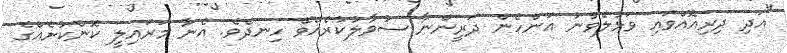
"އަދި ދިރިއޮއްވައި ވަޅުލެވުނު އަންހެން ދަރީންނާ ސުވާލުކުރެއްވޭ ހިނދެވެ. އެނާ މަރައިލީ ކޮންކުށެއްގެ